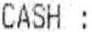
CASH :